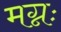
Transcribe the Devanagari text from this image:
मग्नः